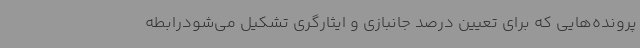
پرونده‌هایی که برای تعیین درصد جانبازی و ایثارگری تشکیل می‌شودرابطه